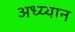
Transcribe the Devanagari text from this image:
अध्य्यान